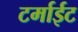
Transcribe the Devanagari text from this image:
टर्माईट